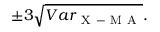
\pm 3 \sqrt { V a r _ { \mathrm { ~ X ~ - ~ M ~ A ~ } } } .